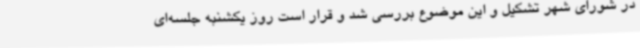
در شورای شهر تشکیل و این موضوع بررسی شد و قرار است روز یکشنبه جلسه‌ای